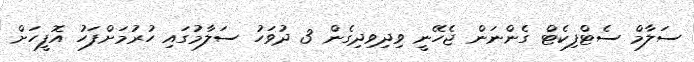
ސަލާމް ސެޓްފިކެޓް ގެންނަން ޖެހޭނީ ވިދިވިދިގެން 3 ދުވަހު ސަލާމުގައި ހުރުމަށްފަހު އޮފީހަށް